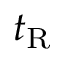
t _ { \mathrm { R } }